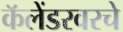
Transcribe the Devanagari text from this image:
कॅलेंडरवरचे